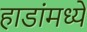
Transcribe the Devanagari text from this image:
हाडांमध्ये